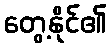
တွေ့နိုင်၏